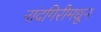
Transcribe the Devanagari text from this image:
नांदगिरीमधून